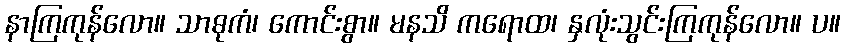
နာကြကုန်လော။ သာဓုကံ၊ ကောင်းစွာ။ မနသိ ကရောထ၊ နှလုံးသွင်းကြကုန်လော။ ပ။